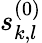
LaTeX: s_{k,l}^{(0)}